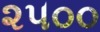
૨૫૦૦